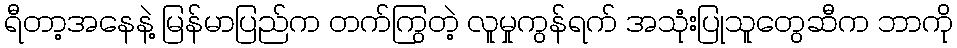
ရီတာ့အနေနဲ့ မြန်မာပြည်က တက်ကြွတဲ့ လူမှုကွန်ရက် အသုံးပြုသူတွေဆီက ဘာကို